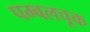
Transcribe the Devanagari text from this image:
पम्बलचूक